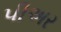
પીઅર